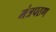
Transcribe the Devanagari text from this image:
मंत्रपठण